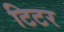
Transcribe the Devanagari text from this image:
टिटर